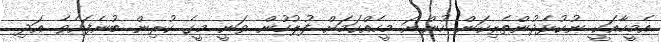
އެމީހާއަކީ ނުކުޅެދުންތެރިކަން ހުންނަ މީހެއްކަމަށް ފުލުހުން ވަނީ މީގެ ކުރިން ބުނެފައެވެ. އަދި